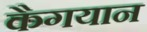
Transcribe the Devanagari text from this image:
कैगयान